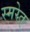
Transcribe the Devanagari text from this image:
स्मरेत्